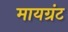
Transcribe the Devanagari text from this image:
मायग्रंट